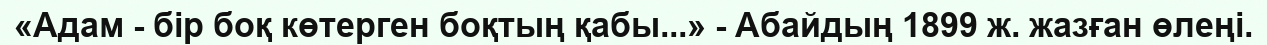
«Адам - бір боқ көтерген боқтың қабы...» - Абайдың 1899 ж. жазған өлеңі.